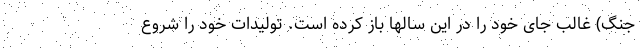
جنگ) غالب جای خود را در این سالها باز کرده است. تولیدات خود را شروع